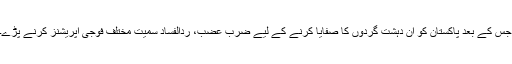
جس کے بعد پاکستان کو ان دہشت گردوں کا صفایا کرنے کے لیے ضرب عضب، ردالفساد سمیت مختلف فوجی آپریشنز کرنے پڑے۔